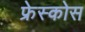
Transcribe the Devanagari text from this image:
फ्रेस्कोस